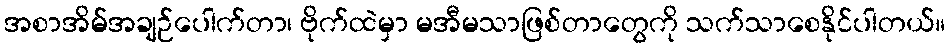
အစာအိမ်အချဉ်ပေါက်တာ၊ ဗိုက်ထဲမှာ မအီမသာဖြစ်တာတွေကို သက်သာစေနိုင်ပါတယ်။